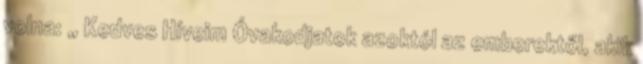
volna: „ Kedves Híveim Óvakodjatok azoktól az emberektől, akik